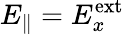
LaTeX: E_{\parallel}=E_{x}^{\textrm{ext}}